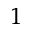
^ 1